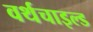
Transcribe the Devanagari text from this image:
वर्थचाइल्ड